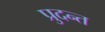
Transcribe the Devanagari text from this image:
प्रुदन्त